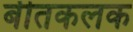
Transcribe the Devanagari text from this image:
बीतकलक